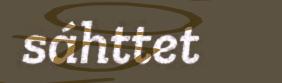
sáhttet